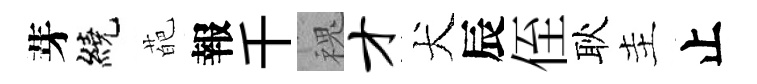
芽繞葩報千槐才犬辰侄耿主止